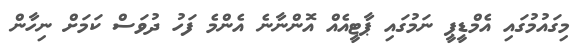
މިގައުމުގައި އެމްޑީޕީ ނަމުގައި ޕާޓީއެއް އޮންނާނެ އެންމެ ފަހު ދުވަސް ކަމަށް ނިހާން